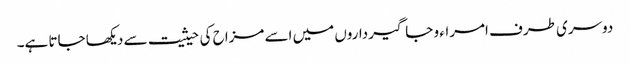
دوسری طرف امراء و جاگیرداروں میں اسے مزاح کی حیثیت سے دیکھا جاتا ہے۔